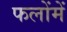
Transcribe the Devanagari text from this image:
फलोंमें